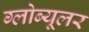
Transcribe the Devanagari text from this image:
ग्लोब्यूलर